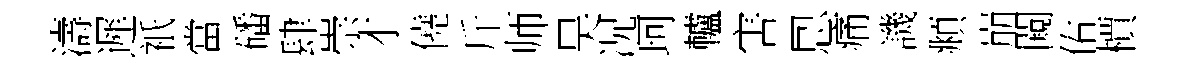
濤遲祇當磻肆崇才僥斤师昊况珂轤害㤙痛譏頫崩闚佑檟